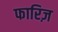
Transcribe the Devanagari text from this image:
फारिज़